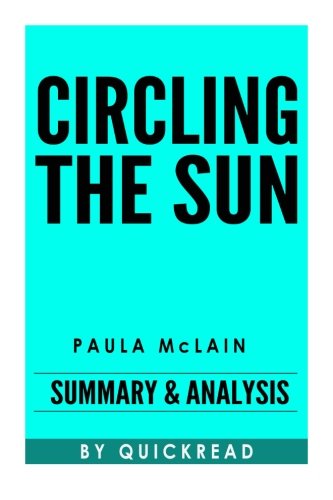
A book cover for Circling The Sun; QuickRead; Law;